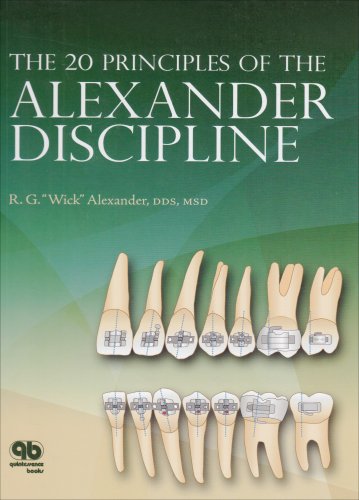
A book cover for The 20 Principles of the Alexander Discipline; R. G. Alexander; Medical Books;